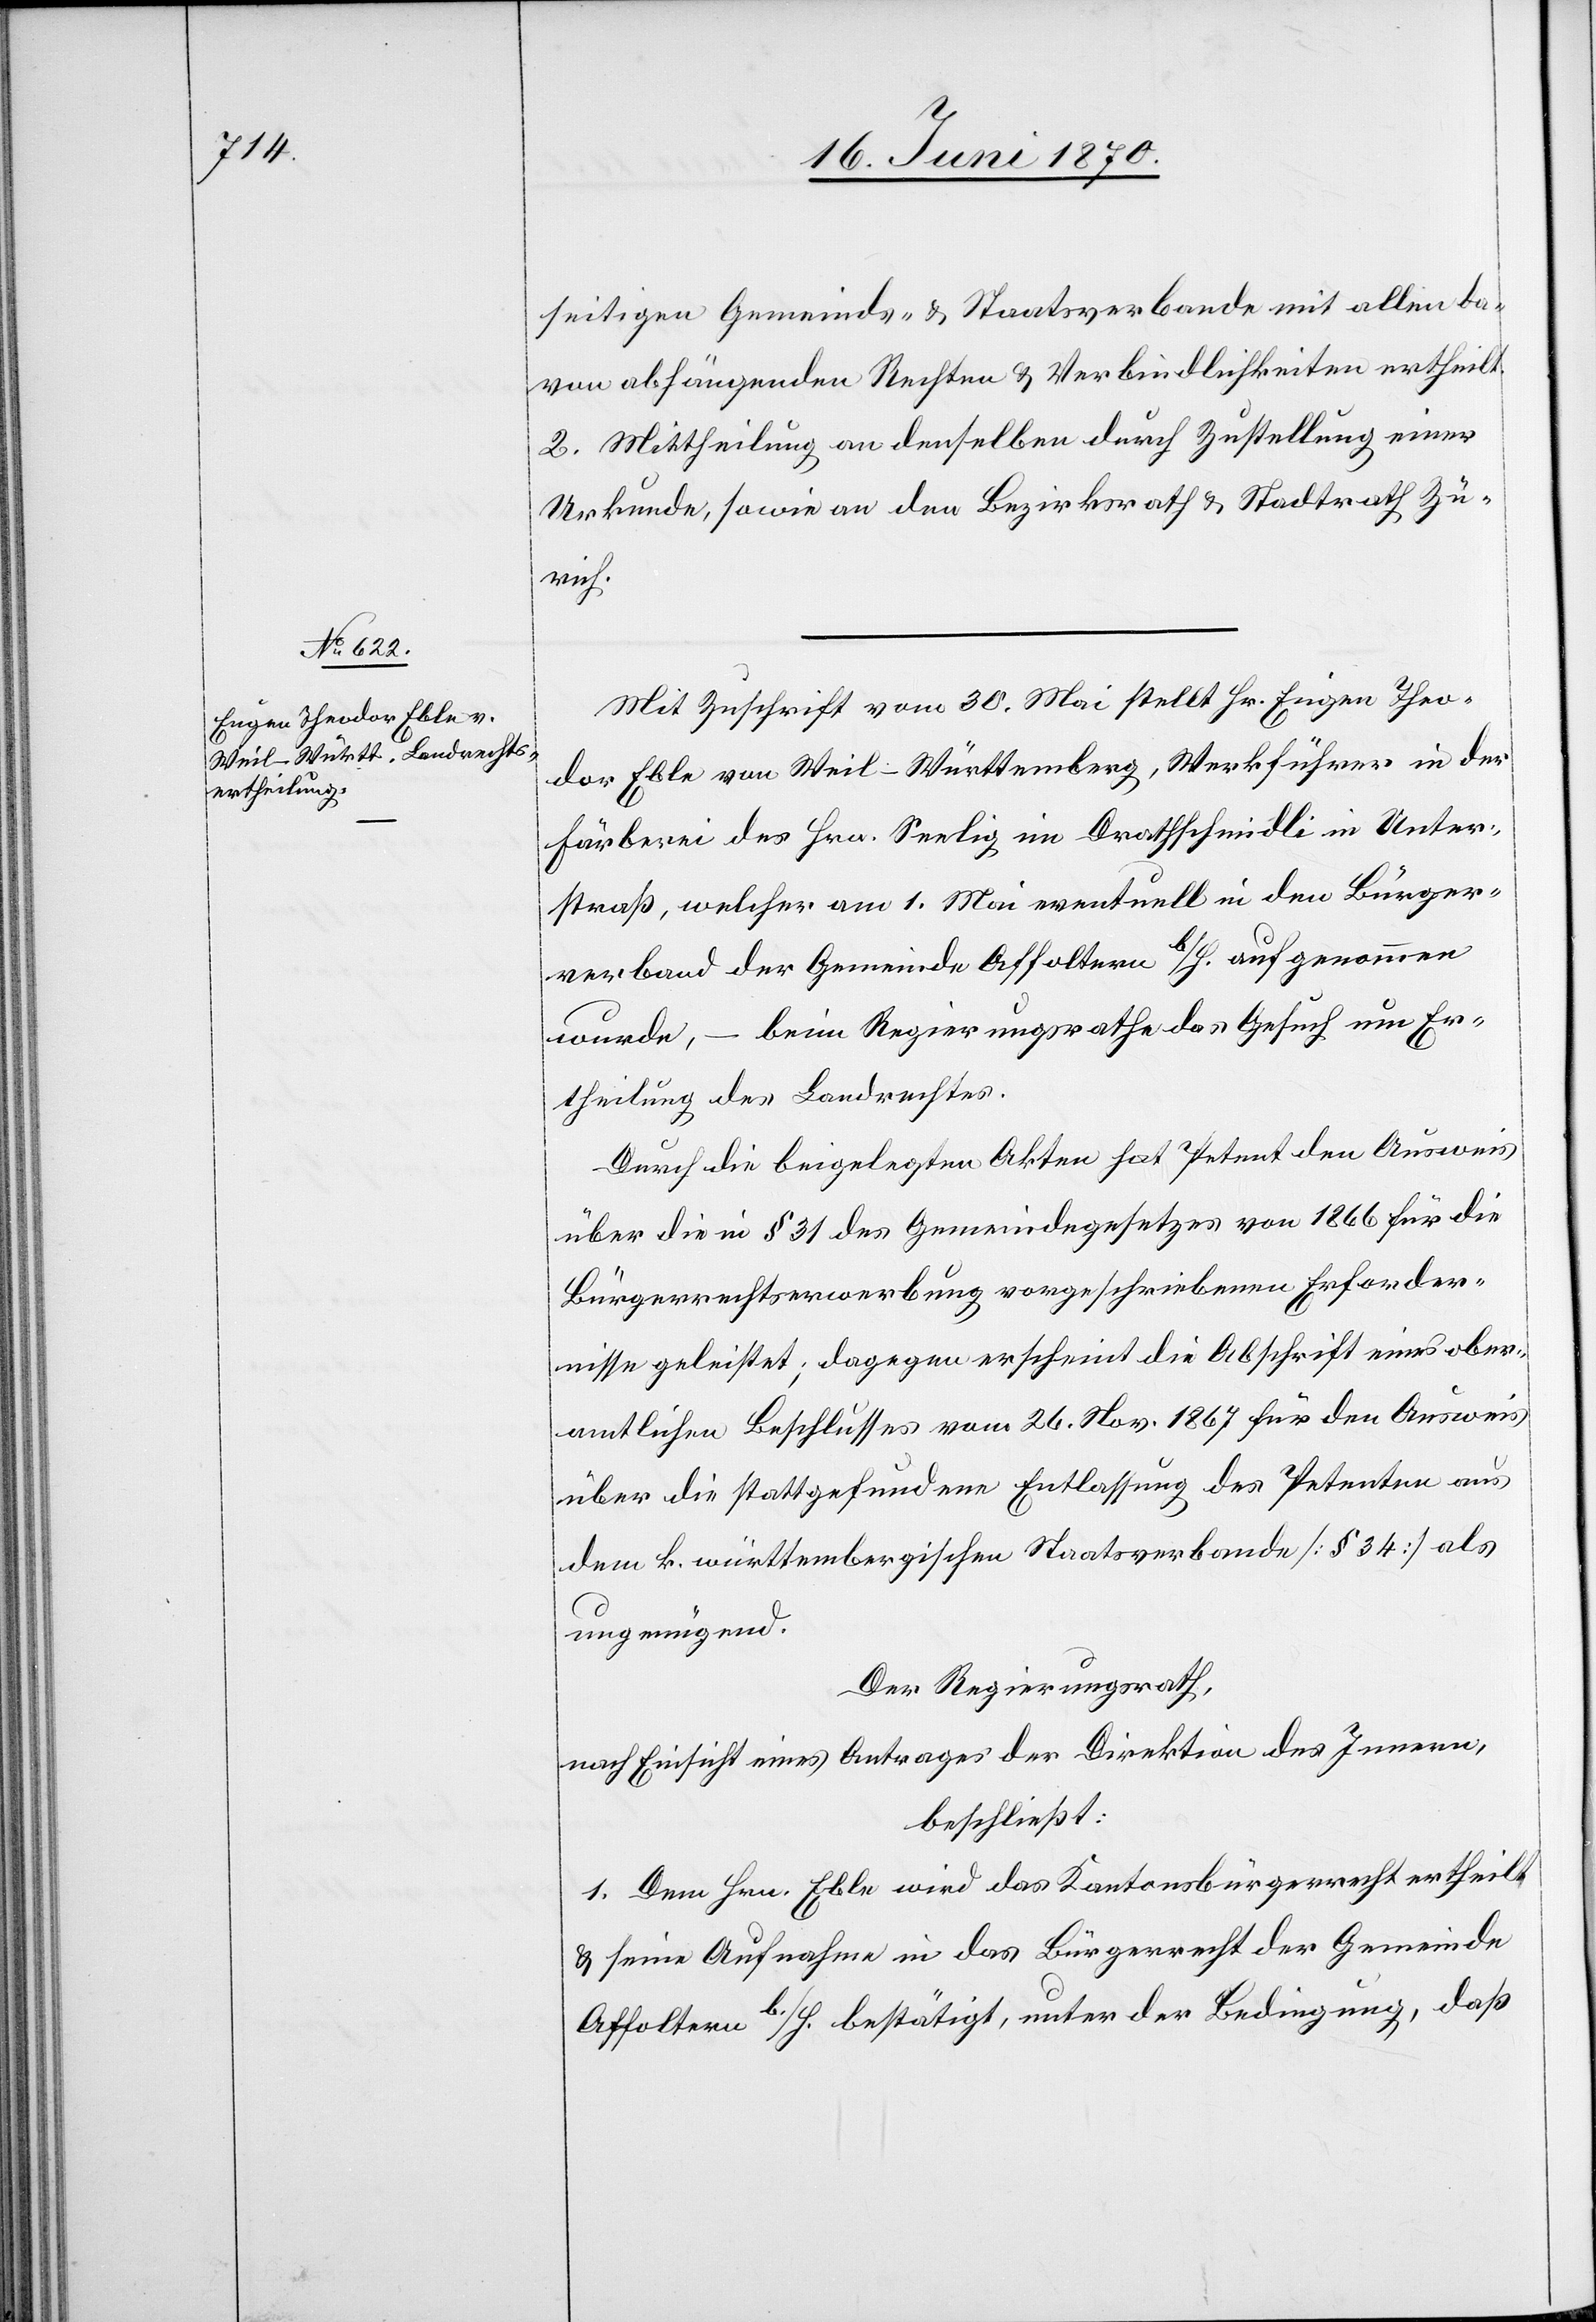
seitigen Gemeinde- & Staatsverbande mit allen da¬
von abhängenden Rechten & Verbindlichkeiten ertheilt.
2. Mittheilung an denselben durch Zustellung einer
Urkunde, sowie an den Bezirksrath & Stadtrath Zü¬
rich.
Mit Zuschrift vom 30. Mai stellt Hr. Eugen Theo¬
dor Eble von Weil - Württemberg, Werkführer in der
Färberei des Hrn. Seelig im Drathschmidli in Unter¬
straß, welcher am 1. Mai eventuell in den Bürger¬
verband der Gemeinde Affoltern b/H. aufgenommen
wurde, – beim Regierungsrathe das Gesuch um Er¬
theilung des Landrechtes.
Durch die beigelegten Akten hat Petent den Ausweis
über die in § 31 des Gemeindegesetzes von 1866 für die
Bürgerrechtserwerbung vorgeschriebenen Erforder¬
nisse geleistet; dagegen erscheint die Abschrift eines ober¬
amtlichen Beschlusses vom 26. Nov. 1867 für den Ausweis
über die stattgefundene Entlassung des Petenten aus
dem k. württembergischen Staatsverbande [§ 34] als
ungenügend.
Der Regierungsrath,
nach Einsicht eines Antrages der Direktion des Innern,
beschließt:
1. Dem Hrn. Eble wird das Kantonsbürgerrecht ertheilt
& seine Aufnahme in das Bürgerrecht der Gemeinde
Affoltern b./H. bestätigt, unter der Bedingungen, daß